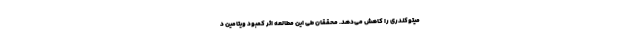
میتوکندری را کاهش می‌دهد. محققان طی این مطالعه اثر کمبود ویتامین د